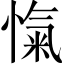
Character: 愾